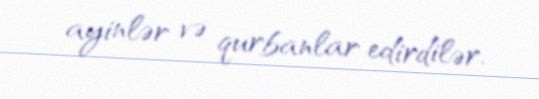
ayinlər və qurbanlar edirdilər.